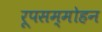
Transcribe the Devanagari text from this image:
रूपसम्मोहन